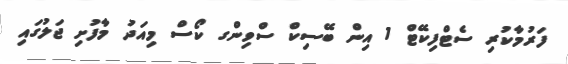
ފަރުމާކުރި ސެޓްފިކޭޓް 1 އިން ބޭސިކް ސްވިންގ ކޯސް މިއަދު މާފުށި ޖަލުގައި